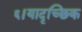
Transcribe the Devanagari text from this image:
६।यादृच्छिक